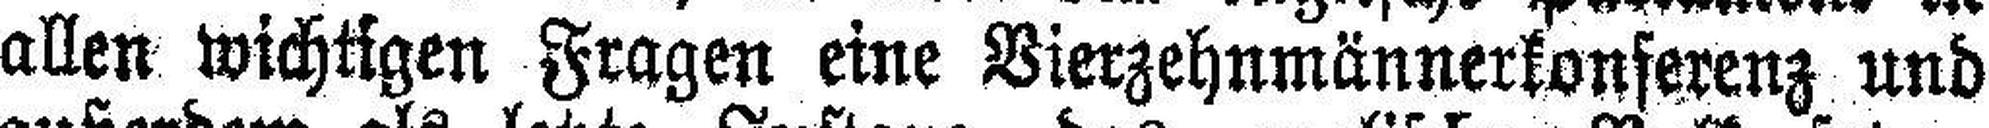
allen wichtigen Fragen eine Vierzehnmännerkonferenz und